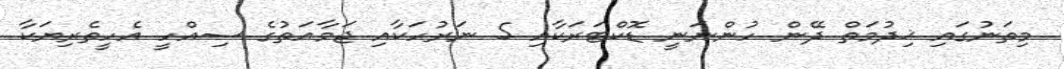
މިތަނުގައި ޚިދުމަތް ދޭން ހުންނަނީ ޑޮކްޓަރަކާއި 5 ނަރުހަކާއި ޖަމާއަތުގެ ސިއްހީ އެހީތެރިޔަކާ